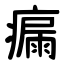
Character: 瘺